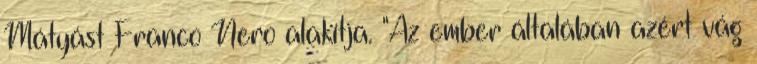
Mátyást Franco Nero alakítja. "Az ember általában azért vág